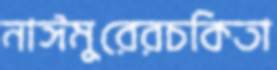
নাঈমুরেরচকিতা